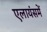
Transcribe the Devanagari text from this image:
एलायंसमें